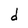
Character: d